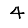
Digit: 4